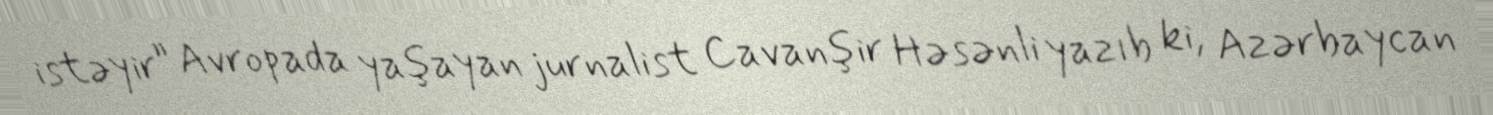
istəyir” Avropada yaşayan jurnalist Cavanşir Həsənli yazıb ki, Azərbaycan